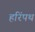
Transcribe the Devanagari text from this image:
हरिंपथ